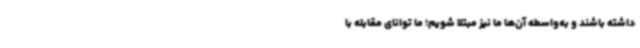
داشته باشند و به‌واسطه آن‌ها ما نیز مبتلا شویم؛ ما توانای مقابله با